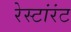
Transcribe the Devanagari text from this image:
रेस्टांरंट